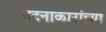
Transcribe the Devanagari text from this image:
घटनाकारांच्या